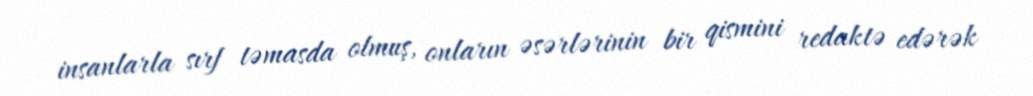
insanlarla sırf təmasda olmuş, onların əsərlərinin bir qismini redaktə edərək